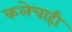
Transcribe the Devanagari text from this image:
कलेचाही